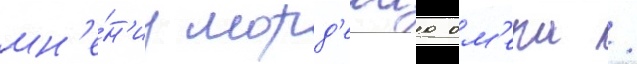
мн'е́н'иу морд'ехаа ом'ера /